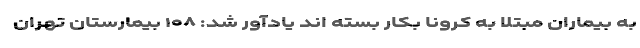
به بیماران مبتلا به کرونا بکار بسته اند یادآور شد: ۱۰۸ بیمارستان تهران